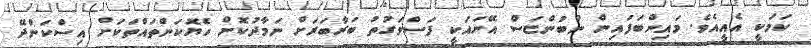
ކަމަކީ އެއީއެވެ. މައިންބަފައިން ނުބުންޏަސް އޭނައަކީ ފަސްވަގުތު ބަރާބަރަށް ނަމާދުކޮށް ހެޔޮކަންތައްތަކަށް އިސްކަންދޭ